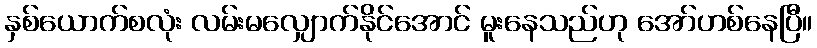
နှစ်ယောက်စလုံး လမ်းမလျှောက်နိုင်အောင် မူးနေသည်ဟု အော်ဟစ်နေပြီ။